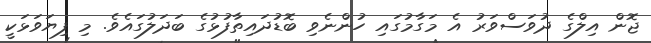
ޖޮން އިލްގެ ދުވަސްވަރު އެ މަގާމުގައި ހުންނެވި ބޮޑުދައިތާފުޅުގެ ބަދަލުގައެވެ. މި ފިޔަވަޅަކީ